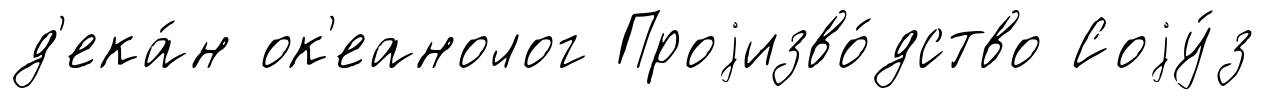
д'ека́н ок'еанолог Проjизво́дство Соjу́з